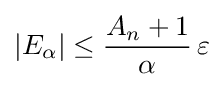
|E_{\alpha }|\leq {\frac {A_{n}+1}{\alpha }}\,\varepsilon